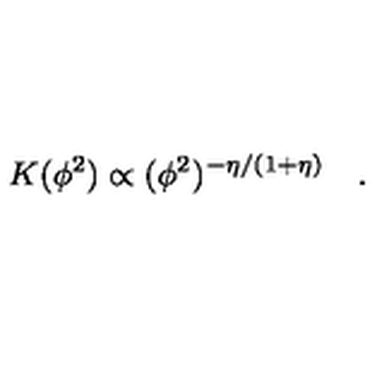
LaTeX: K ( \phi ^ { 2 } ) \propto ( \phi ^ { 2 } ) ^ { - \eta / ( 1 + \eta ) } \quad .